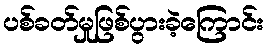
ပစ်ခတ်မှုဖြစ်ပွားခဲ့ကြောင်း